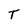
Character: T